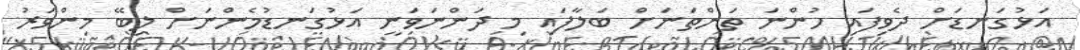
އަޅުގަނޑަށް ދެވިފައި ހުންނަ ތަންތަނަށް ބަލާފައި މި ދަންނަވަނީ އަޅުގަނޑުމެންނަށް ލިބޭ މިންވަރު